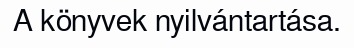
A könyvek nyilvántartása.